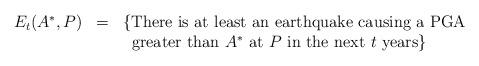
LaTeX: \begin{align*} \begin{array}{lll} E_t(A^*, P)&=&\{\mbox{There is at least an earthquake causing a PGA} \\ && \;\;\mbox{greater than $A^*$ at }P \mbox{ in the next }t \mbox{ years}\} \\\end{array}\end{align*}